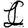
Digit: 1